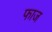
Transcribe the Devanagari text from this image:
फाज